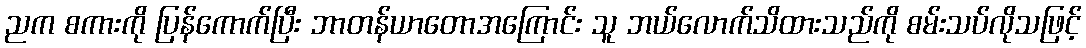
ညက စကားကို ပြန်ကောက်ပြီး ဘာတန်ယာတောအကြောင်း သူ ဘယ်လောက်သိထားသည်ကို စမ်းသပ်လိုသဖြင့်